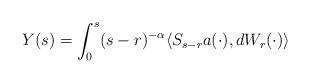
LaTeX: \begin{align*}Y(s)=\int _0 ^s (s-r )^{-\alpha} \langle S_{s-r} a(\cdot), dW_r (\cdot )\rangle \end{align*}